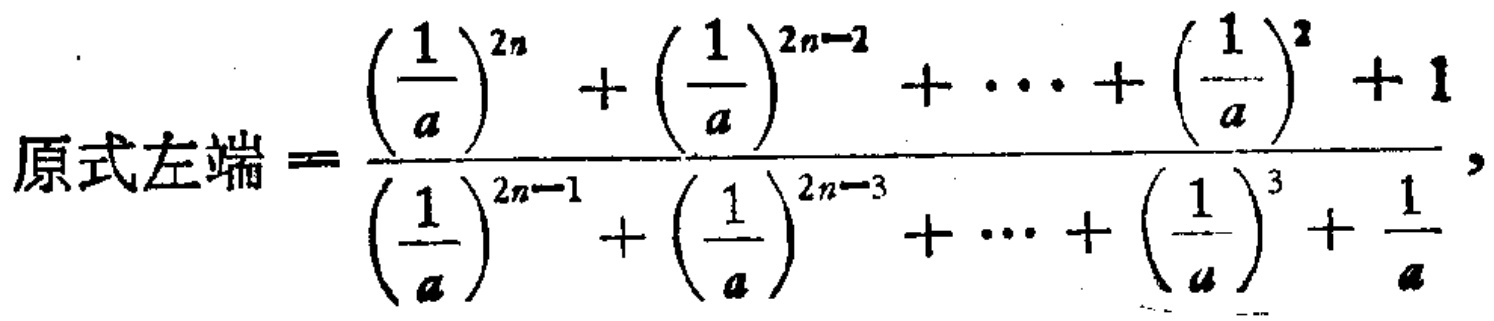
原式左端=\(\frac{\left(\frac{1}{a}\right)^{2n}+\left(\frac{1}{a}\right)^{2n - 2}+\cdots+\left(\frac{1}{a}\right)^{2}+1}{\left(\frac{1}{a}\right)^{2n - 1}+\left(\frac{1}{a}\right)^{2n - 3}+\cdots+\left(\frac{1}{a}\right)^{3}+\frac{1}{a}}\)